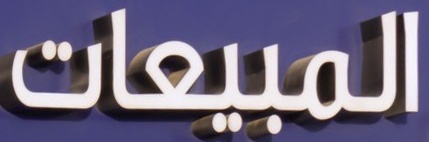
المبيعات